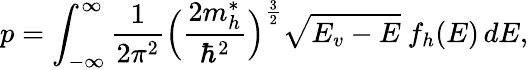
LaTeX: p=\int_{-\infty}^{\infty}\frac{1}{2\pi^{2}}\Big(\frac{2m_{h}^{*}}{\hbar^{2}}\Big)^{\frac{3}{2}}\sqrt{E_{v}-E}~f_{h}(E)\, dE,